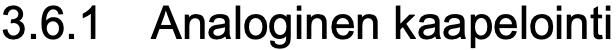
3.6.1 Analoginen kaapelointi